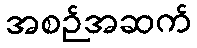
အစဉ်အဆက်